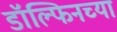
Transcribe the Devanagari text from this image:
डॉल्फिनच्या